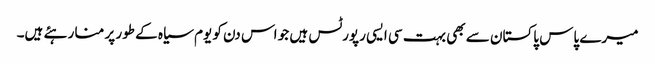
میرے پاس پاکستان سے بھی بہت سی ایسی رپورٹس ہیں جو اس دن کو یوم سیاہ کے طور پر منا رہئے ہیں۔